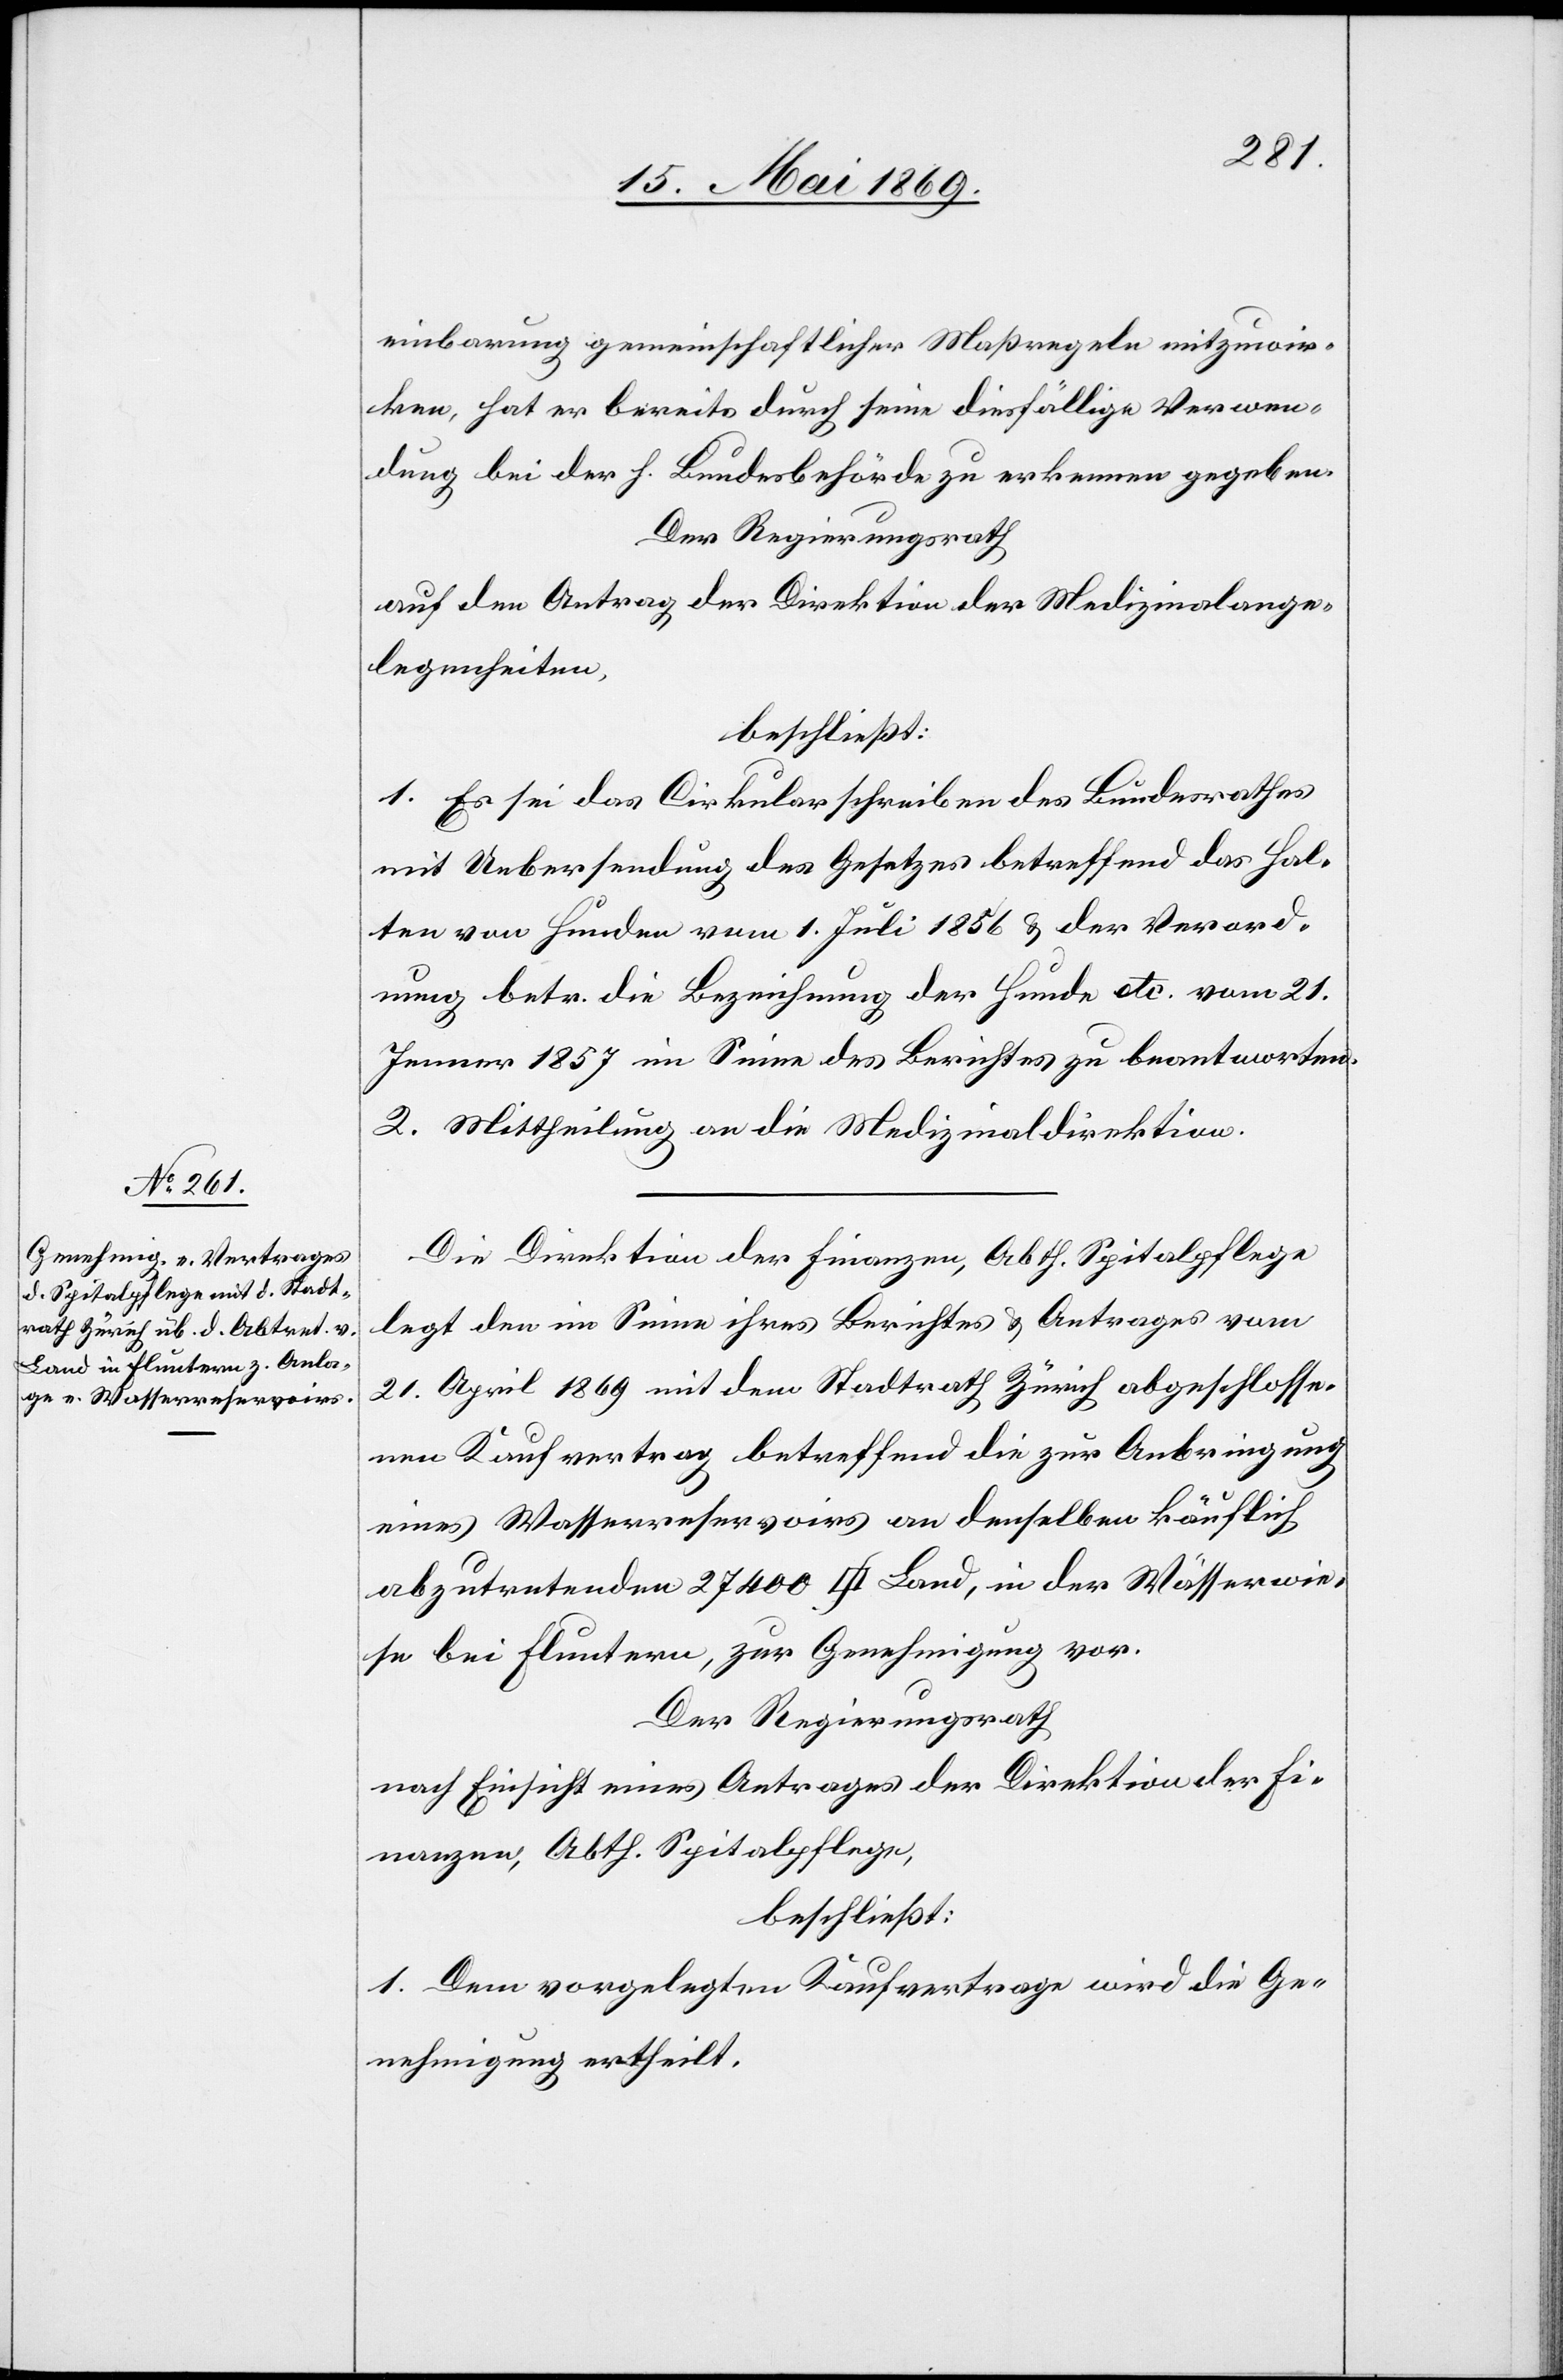
einbarung gemeinschaftlicher Maßregeln mitzuwir¬
ken, hat er bereits durch seine diesfällige Verwen¬
dung bei der h. Bundesbehörde zu erkennen gegeben.
Der Regierungsrath
auf den Antrag der Direktion der Medizinalange¬
legenheiten,
beschließt:
1. Es sei das Cirkularschreiben des Bundesrathes
mit Uebersendung des Gesetzes betreffend das Hal¬
ten von Hunden vom 1. Juli 1856 u. der Verord¬
nung betr. die Bezeichnung der Hunde etc. vom 21.
Jenner 1857 im Sinne des Berichtes zu beantworten.
2. Mittheilung an die Medizinaldirektion.
Die Direktion der Finanzen, Abth. Spitalpflege
legt den im Sinne ihres Berichtes u. Antrages vom
21. April 1869 mit dem Stadtrath Zürich abgeschlosse¬
nen Kaufvertrag betreffend die zur Anbringung
eines Wasserreservoirs an denselben käuflich
abzutretenden 27400 [Quadratfuss] Land, in der Wässerwie¬
se bei Fluntern, zur Genehmigung vor.
Der Regierungsrath
nach Einsicht eines Antrages der Direktion der Fi¬
nanzen, Abth. Spitalpflege,
beschließt:
1. Dem vorgelegten Kaufvertrage wird die Ge¬
nehmigung ertheilt.